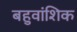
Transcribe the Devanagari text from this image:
बहुवांशिक